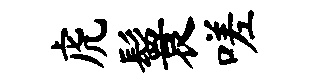
虎鬟嗟